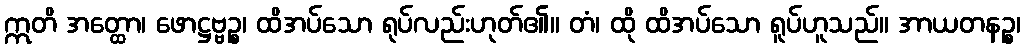
ဣတိ အတ္ထော၊ ဖောဋ္ဌဗ္ဗဉ္စ၊ ထိအပ်သော ရုပ်လည်းဟုတ်၏။ တံ၊ ထို ထိအပ်သော ရူပ်ဟူသည်။ အာယတနဉ္စ၊